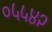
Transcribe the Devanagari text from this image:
०५५४२